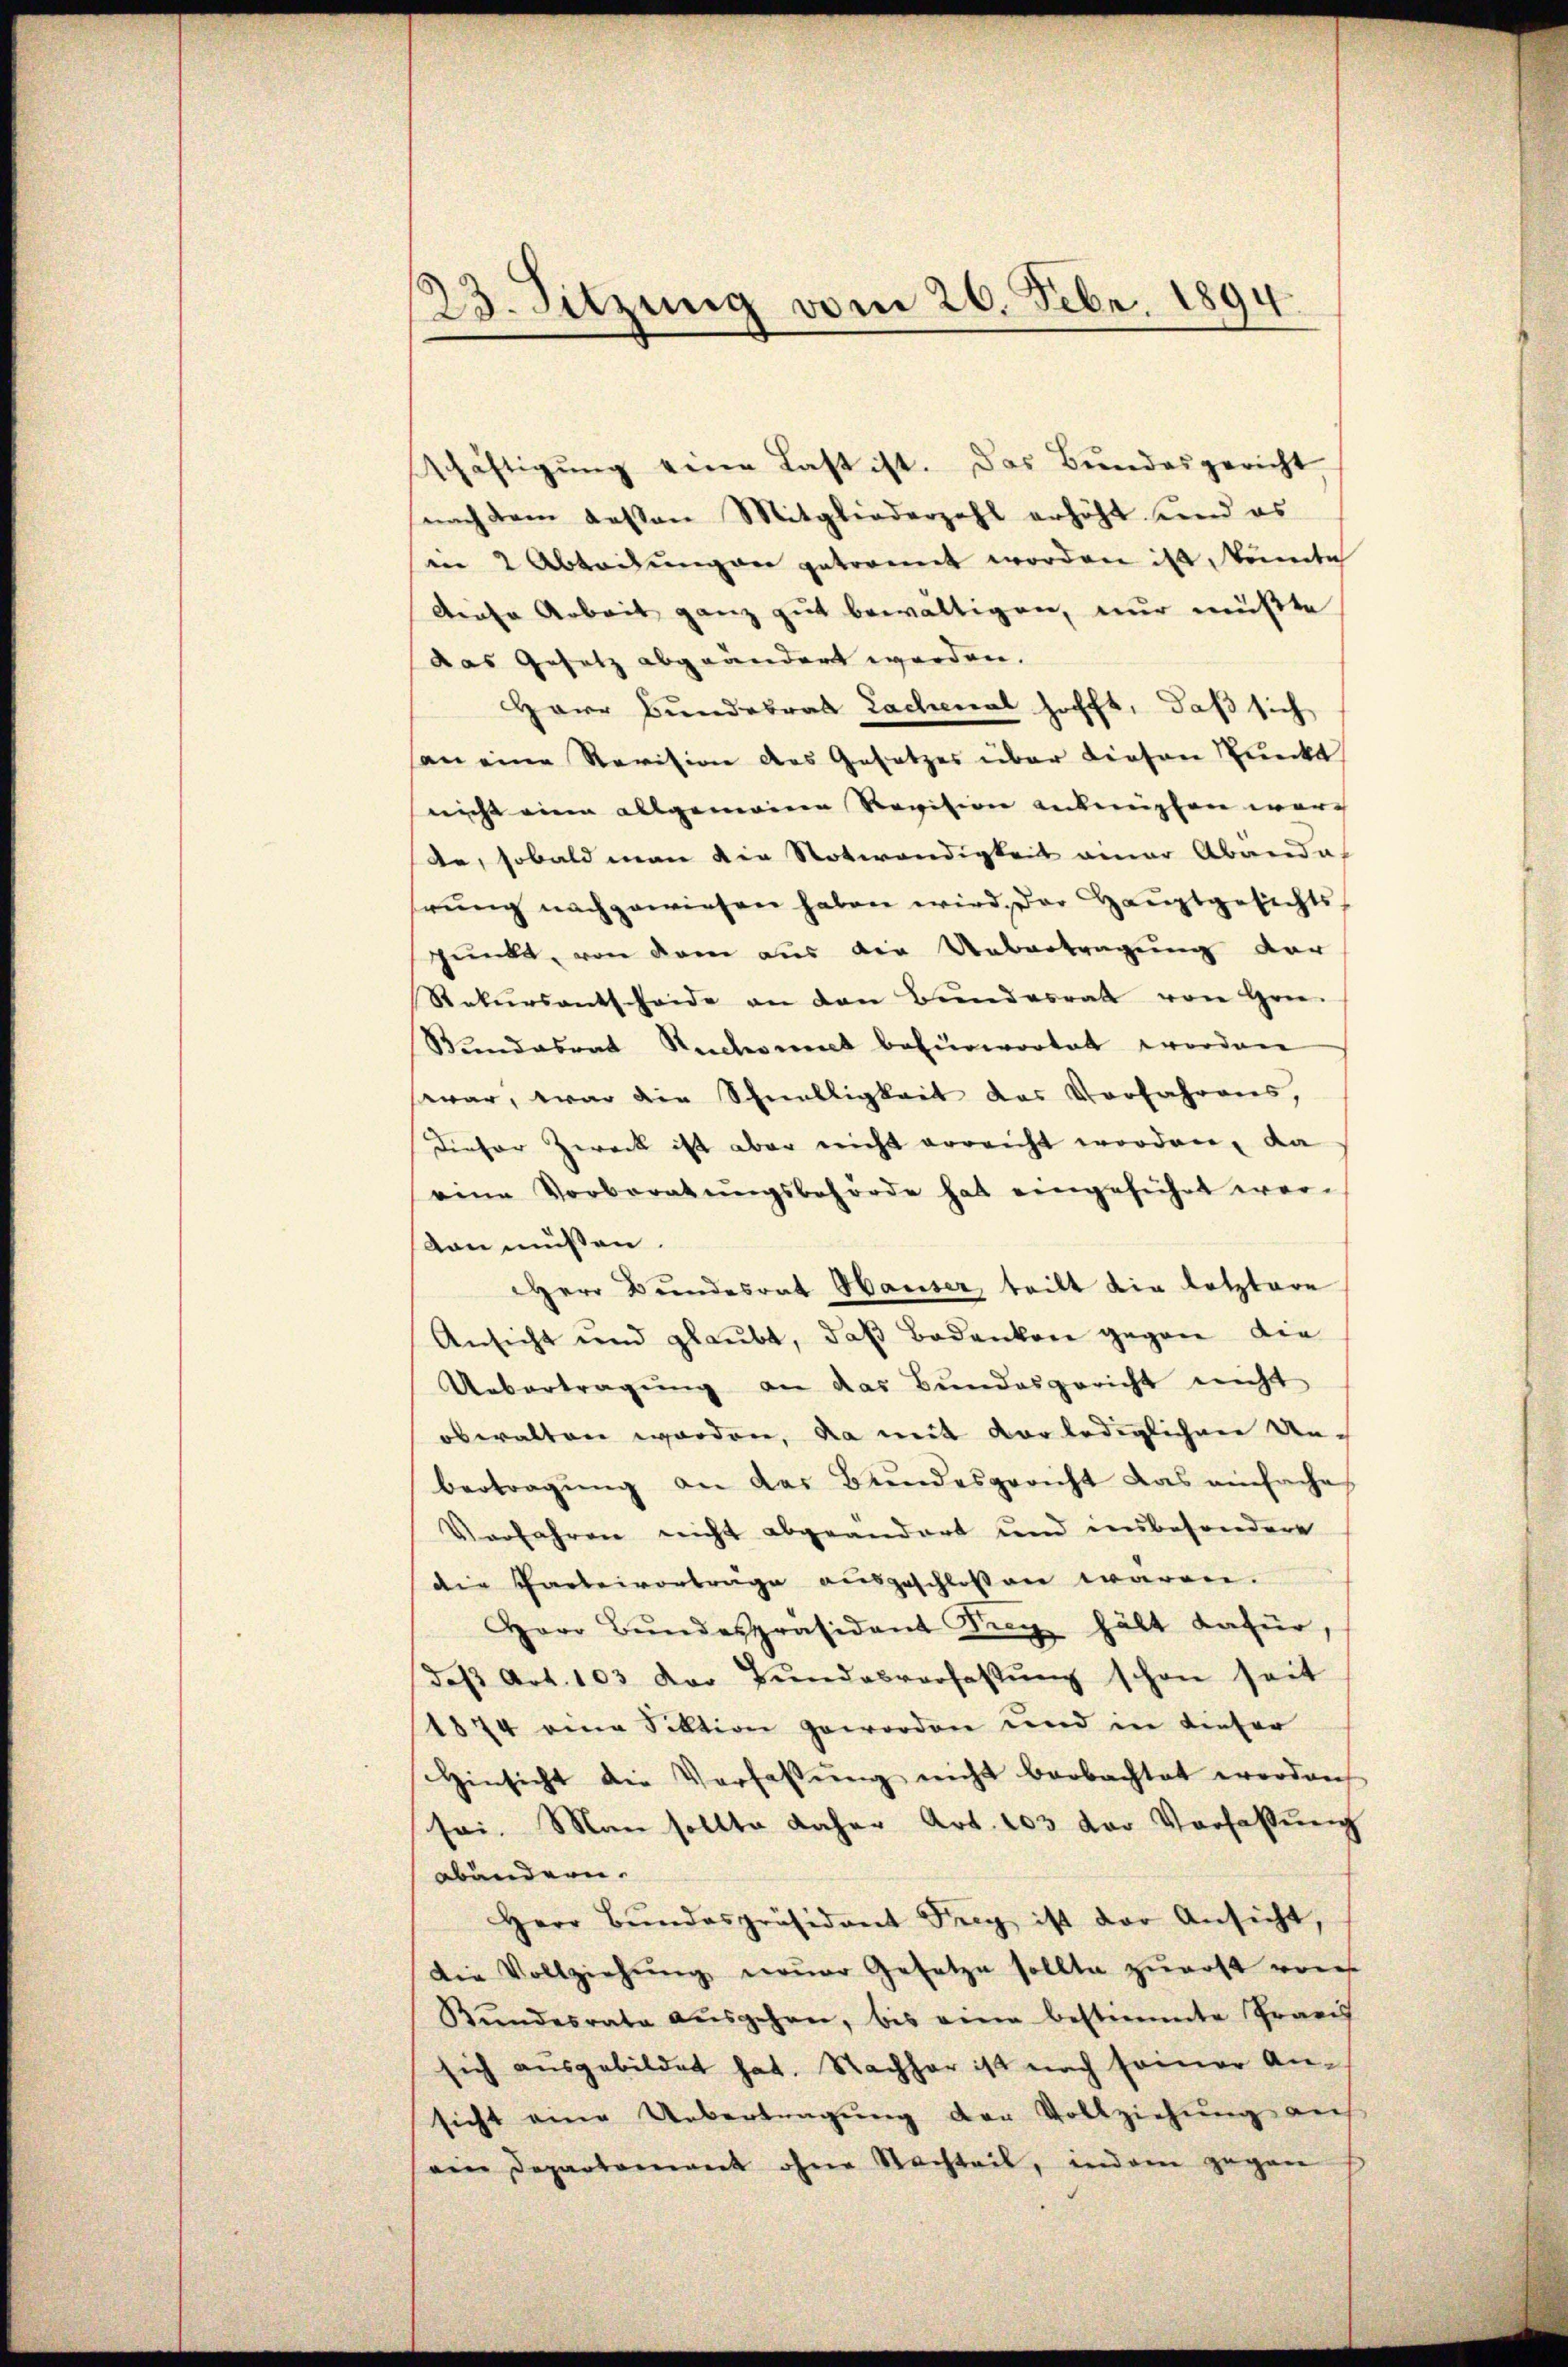
23. Sitzung vom 26. Febr. 1894.

schäftigŭng eine Last ist. Das Bundesgericht
nach dem deßen Mitgliederzahl erhöht und es
in 2 Abteilungen getrennt worden ist, könte
diese Arbeit ganz gut bewältigen, nur müßte
das Gesetz abgeändert worden.
Herr Bundesrat Lachenal hofft, daß sich
an eine Revision des Gesetzes über diesen Punkt
nicht eine allgemeinen Revision anbergten word
de, sobald man die Notwendigkeit einer Abände
hrung nachgewiesen haben wird, der Hauptgesichts-
punkt, von dem aus die Uebertragung der
Rekŭrsantheide an den Bŭndesrat von Hrn.
Bŭndesrat Ruchoment befürwortet worden
swar, war die Schnelligkeit des Vorfahrens,
Dieser Zweck ist aber nicht erreicht worden, da
eine Vorberatŭngsbehörde hat eingeführt wer-
von müssen.
Herr Bundesrat Hauser, teilt die letztere
Ansicht und glaubt, daβ Bodenken gegen die
Uebertragŭng an das Bundesgericht nicht
obwalten worden, da mit vor lediglichen Unbertragŭng an das Bundesgericht das einfache
Verfahren nicht abgeändert und insbesondere
die Garteivorträge ausgeschlossen wären.
Herr Bŭndespräsident Frey hält dafür,
daβ Art. 103 der Bŭndesverfassŭng schon seit
1874 eine Sektion geworden und in dieser
Hinsicht die Verfassŭng nicht beobachtet worden
sei. Man sollte daher Art. 103 der Verfassŭng
abändern.
Herr Bŭndespräsident Frey ist der Ansicht,
Die Vollziehŭng neuer Gesetze sollte zuerst von
Kŭndesrate aŭsgehen, bis eine bestimmte Praes
sich ausgebildet hat. Nachher ist nach seiner Ansicht eine Uebertragung der Vollziehung auf
ein Departement ohne Nachteil, indem gegen